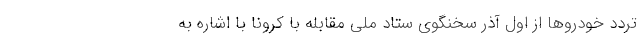
تردد خودروها از اول آذر سخنگوی ستاد ملی مقابله با کرونا با اشاره به